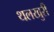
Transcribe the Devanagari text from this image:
थलखुरी